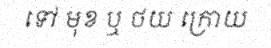
ទៅ មុខ ឬ ថយ ក្រោយ